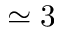
\simeq 3